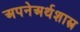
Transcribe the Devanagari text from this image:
अपनेअर्थशास्त्र